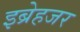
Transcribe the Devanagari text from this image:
इब्रेहजर